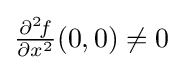
{\tfrac {\partial ^{2}\!f}{\partial x^{2}}}(0,0)\neq 0